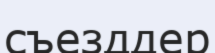
съезддер